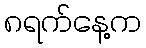
၈ရက်နေ့က